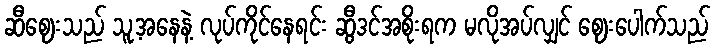
ဆီဈေးသည် သူ့အနေနဲ့ လုပ်ကိုင်နေရင်း ဆွီဒင်အစိုးရက မလိုအပ်လျှင် ဈေးပေါက်သည်